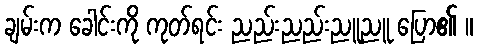
ချမ်းက ခေါင်းကို ကုတ်ရင်း ညည်းညည်းညူညူ ပြော၏ ။